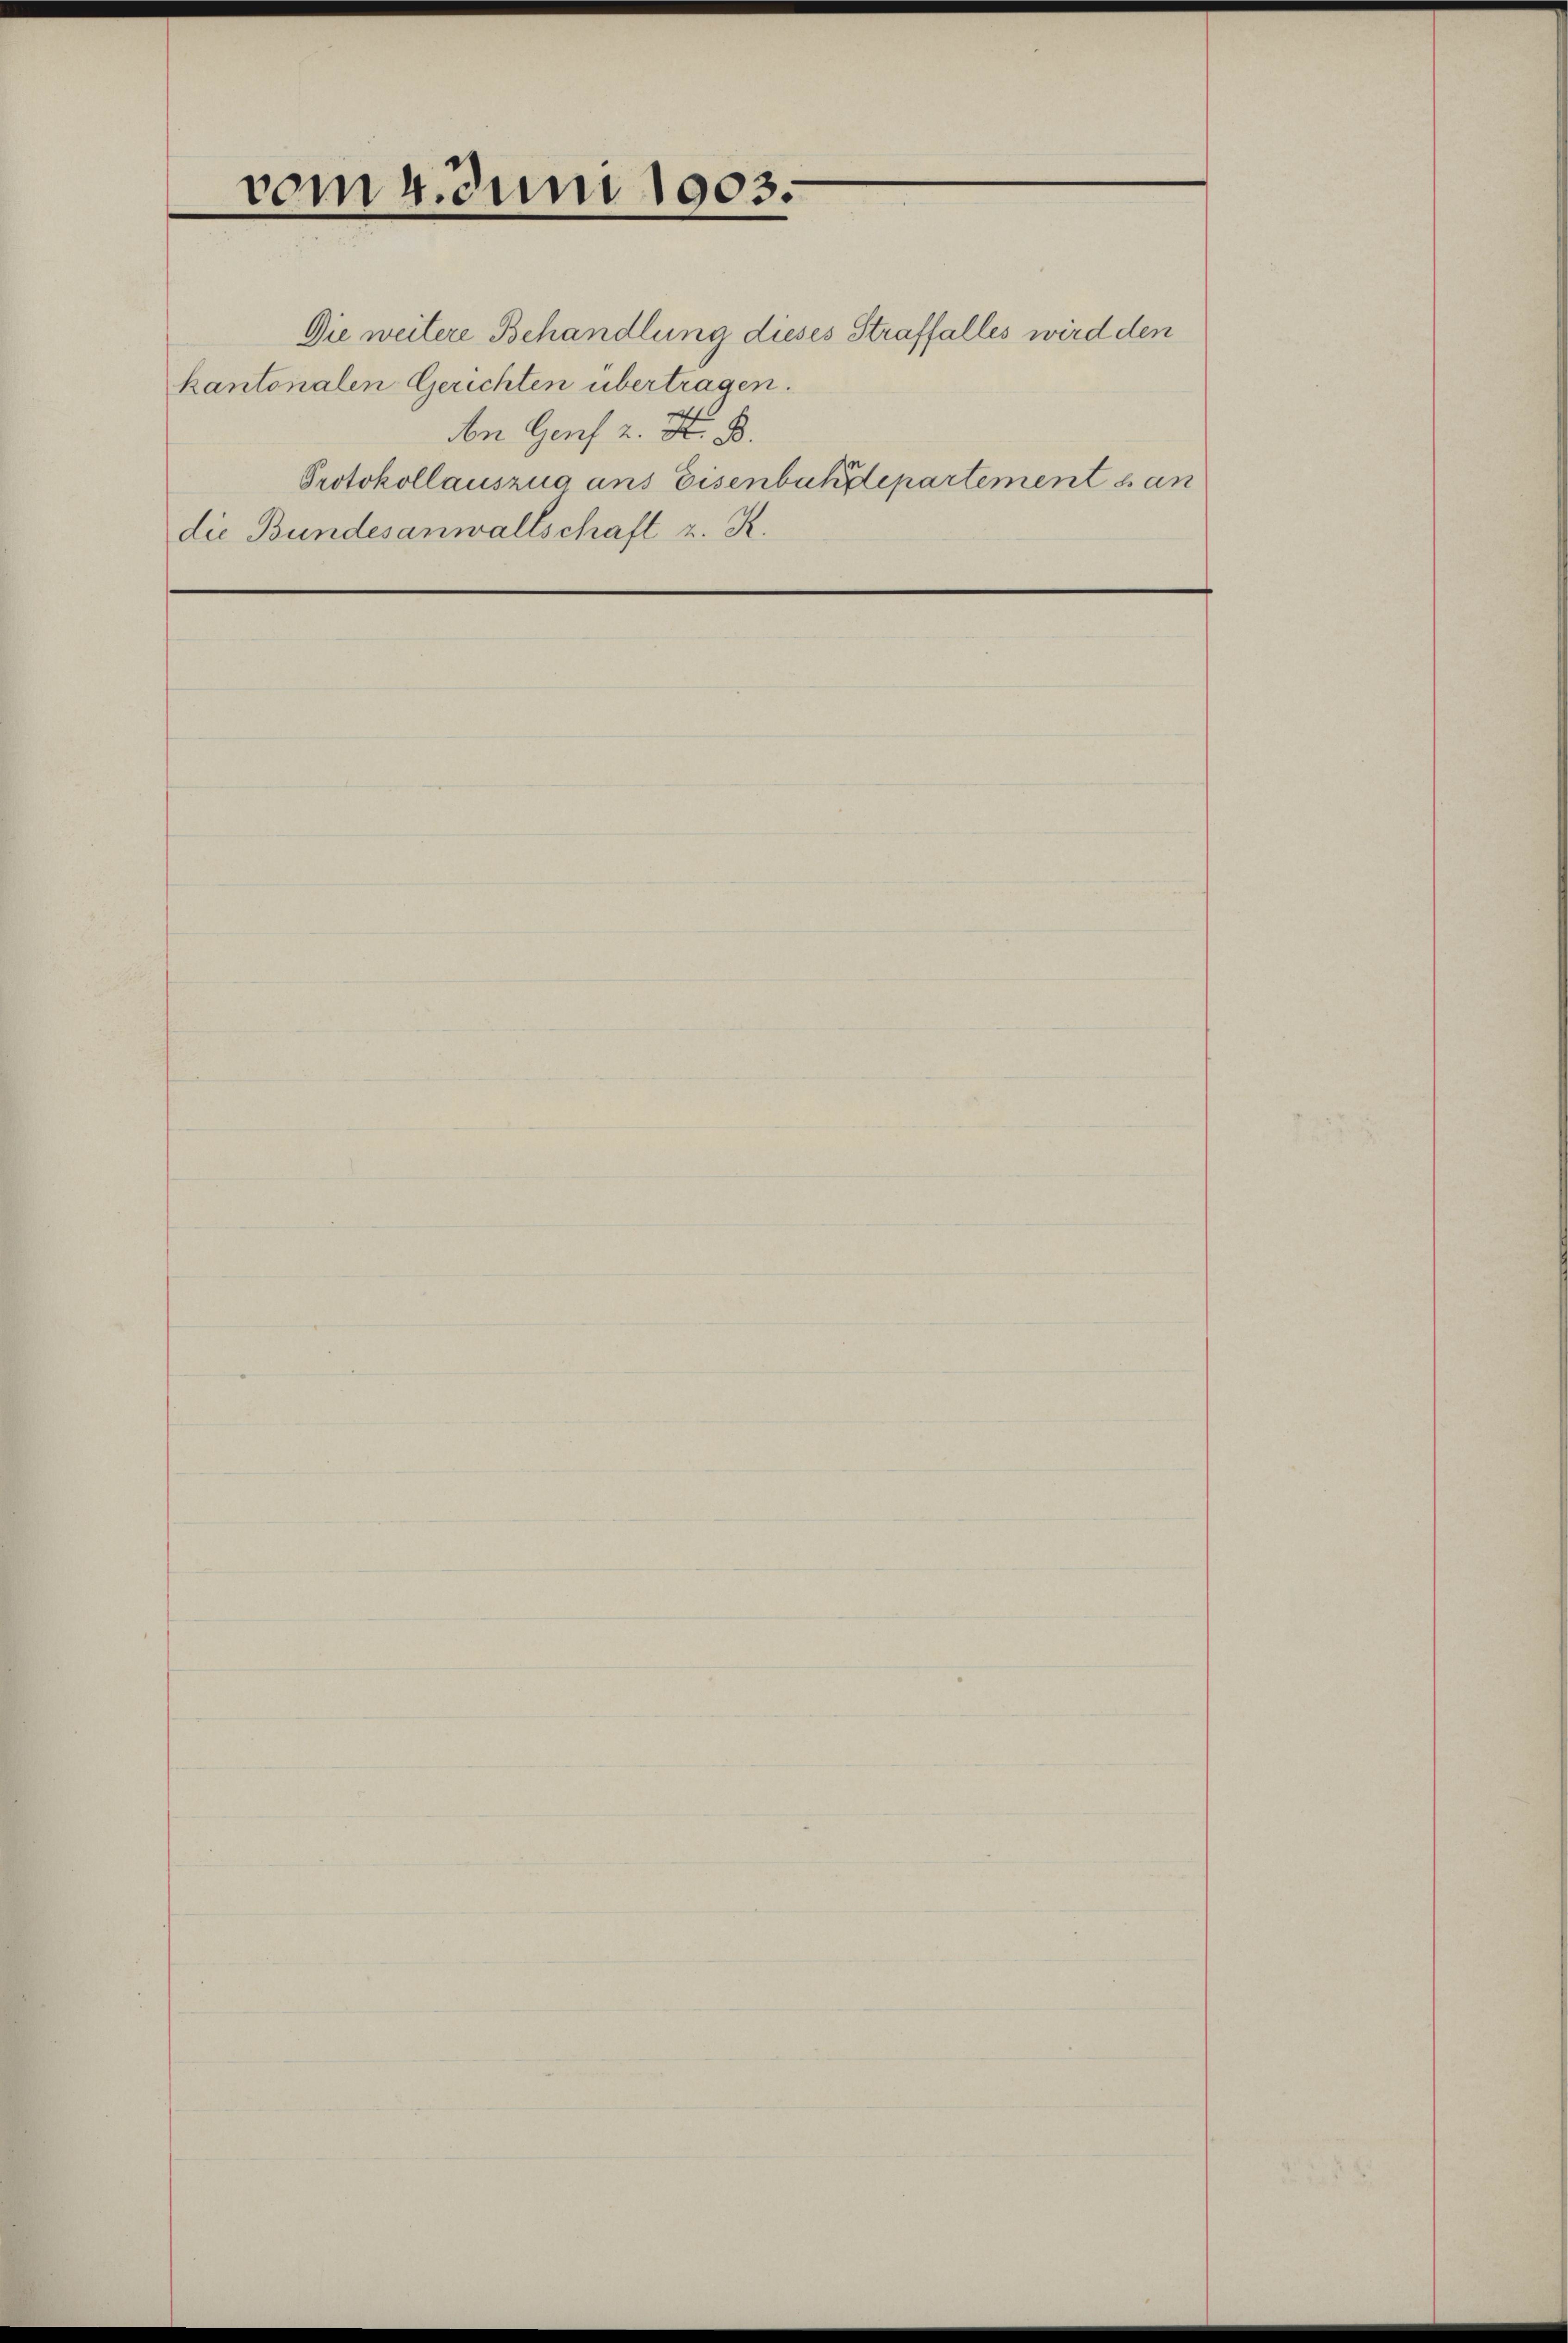
vom 4. Juni 1903.

kantonalen Gerichten übertragen.
n Genf 2. F. B.
die Bundesanwaltschaft u. K.

Die weitere Behandlung dieses Straffalles wird den
Protokollauszug ans Eisenbahdepartement san